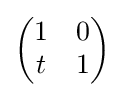
{\begin{pmatrix}1&0\\t&1\end{pmatrix}}